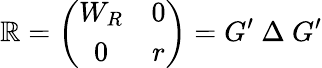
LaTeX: \mathbb{R}=\left(\begin{array}{cc}{{W_{R}}}&{{0}}\\ {{0}}&{{r}}\end{array}\right)=G^{\prime}~\Delta~G^{\prime}